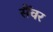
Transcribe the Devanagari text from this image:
सैंवर